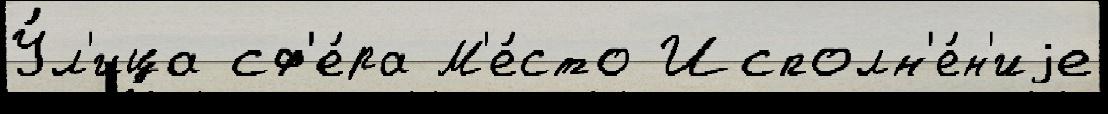
У́л'ица сф'е́ра М'е́сто Исполн'е́н'иjе